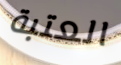
العتبة